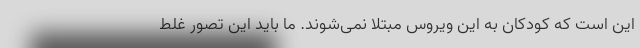
این است که کودکان به این ویروس مبتلا نمی‌شوند. ما باید این تصور غلط